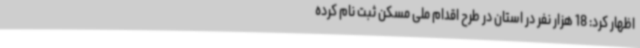
اظهار کرد: 18 هزار نفر در استان در طرح اقدام ملی مسکن ثبت نام کرده